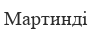
Мартинді